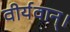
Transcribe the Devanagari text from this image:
वीर्यवान्।